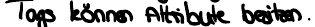
Tags können Attribute besitzen.